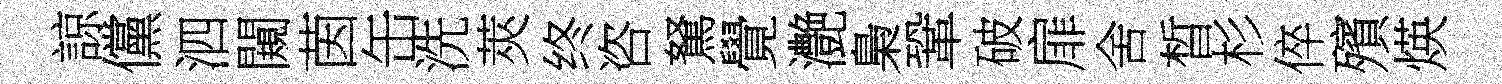
諒儻泗闚茵缶洗莢终咨駑覺灔梟鞏破扉舍晳杉倅殯煐